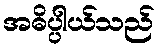
အဓိပ္ပါယ်သည်